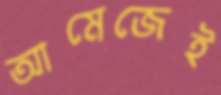
আমেজেই